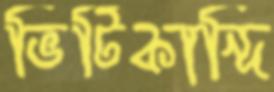
ভিটিকান্দি